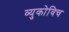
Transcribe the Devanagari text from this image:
व्युकोविच